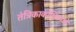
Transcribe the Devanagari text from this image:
तंत्रिकाकोशिकाओं